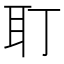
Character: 耵